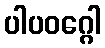
ပါပဝဂ္ဂေါ